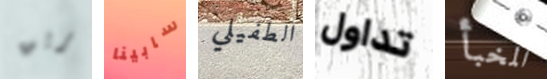
بريق سابينا الطفيلي تداول المخبأ